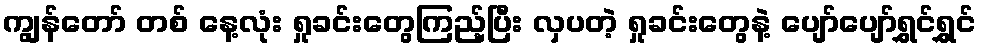
ကျွန်တော် တစ် နေ့လုံး ရှုခင်းတွေကြည့်ပြီး လှပတဲ့ ရှုခင်းတွေနဲ့ ပျော်ပျော်ရွှင်ရွှင်